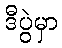
ဒီပွဲမှာ